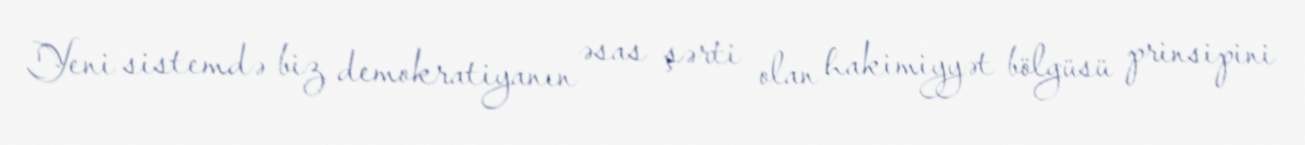
Yeni sistemdə biz demokratiyanın əsas şərti olan hakimiyyət bölgüsü prinsipini